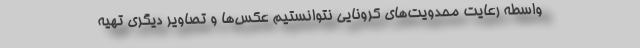
واسطه رعایت محدویت‌های کرونایی نتوانستیم عکس‌ها و تصاویر دیگری تهیه